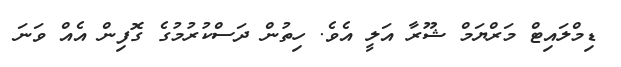
ޑިމްލައިޓް މަރްޔަމް ޝޫރާ އަލީ އެވެ. ހިތުން ދަސްކުރުމުގެ ގޮފިން އެއް ވަނަ